Report on vaccination for the Province of Oudh 1873 -
Year: 1873
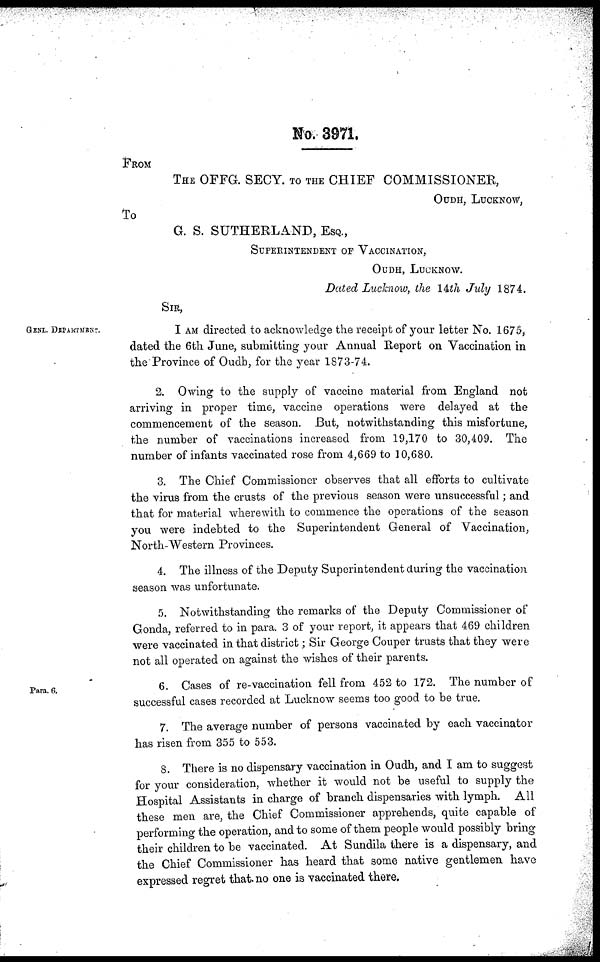
No. 3971.
FROM
THE OFFG. SECY. TO THE CHIEF COMMISSIONER,
OUDH, Lucknow,
To
G. S. SUTHERLAND, ESQ.,
SUPERINTENDENT OF VACCINATION,
OUDH, LUCKNOW.
Dated Lucknow, the 14th July 1874.
SIR,
GENL. DEPARTMENT.
I AM directed to acknowledge the receipt of your letter No. 1675,
dated the 6th June, submitting your Annual Report on Vaccination in
the Province of Oudh, for the year 1873-74.
2. Owing to the supply of vaccine material from England not
arriving in proper time, vaccine operations were delayed at the
commencement of the season. But, notwithstanding this misfortune,
the number of vaccinations increased from 19,170 to 30,409. The
number of infants vaccinated rose from 4,669 to 10,680.
3. The Chief Commissioner observes that all efforts to cultivate
the virus from the crusts of the previous season were unsuccessful; and
that for material wherewith to commence the operations of the season
you were indebted to the Superintendent General of Vaccination,
North-Western Provinces.
4. The illness of the Deputy Superintendent during the vaccination
season was unfortunate.
5. Notwithstanding the remarks of the Deputy Commissioner of
Gonda, referred to in para. 3 of your report, it appears that 469 children
were vaccinated in that district; Sir George Couper trusts that they were
not all operated on against the wishes of their parents.
Para. 6.
6. Cases of re-vaccination fell from 452 to 172. The number of
successful cases recorded at Lucknow seems too good to be true.
7. The average number of persons vaccinated by each vaccinator
has risen from 355 to 553.
8. There is no dispensary vaccination in Oudh, and I am to suggest
for your consideration, whether it would not be useful to supply the
Hospital Assistants in charge of branch dispensaries with lymph. All
these men are, the Chief Commissioner apprehends, quite capable of
performing the operation, and to some of them people would possibly bring
their children to be vaccinated. At Sundila there is a dispensary, and
the Chief Commissioner has heard that some native gentlemen have
expressed regret that, no one is vaccinated there.